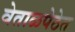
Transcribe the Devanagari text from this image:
वेताळपेठेत